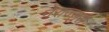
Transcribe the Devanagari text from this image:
नेराज्ज़ुरी